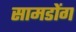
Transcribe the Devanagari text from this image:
सामडोंग